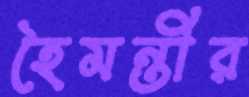
হৈমন্তীর